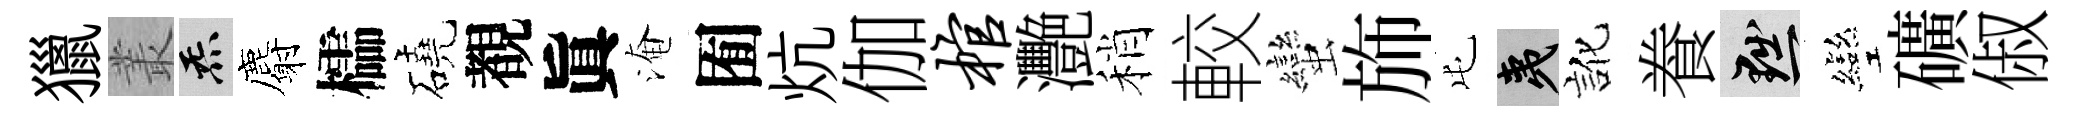
獵叢炁麝櫺磽覩眞淹囿炕伽棺灧稍較蠻斾屯夷訛飬黜彎礦俶